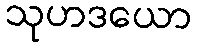
သုဟဒယော